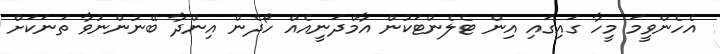
އެހެންވީމަ މީހާ ގައިގައި އިން ޓެލެންޓަކުން އާމްދަނީއެއް ހޯދެން އިންދާ ބޭނުންނުވާ ތަނަކަށް